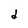
Character: d